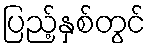
ပြည့်နှစ်တွင်